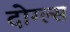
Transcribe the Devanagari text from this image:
दोग्ल्स